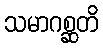
သမာဂစ္ဆတိ